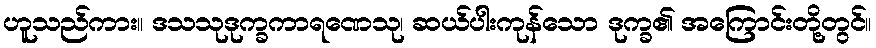
ဟူသည်ကား။ ဒသသုဒုက္ခကာရဏေသု၊ ဆယ်ပါးကုန်သော ဒုက္ခ၏ အကြောင်းတို့တွင်။